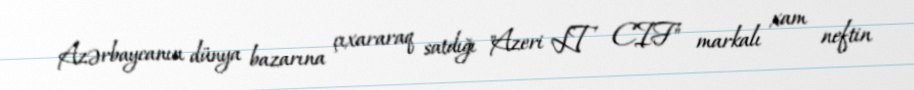
Azərbaycanın dünya bazarına çıxararaq satdığı "Azeri LT CIF" markalı xam neftin